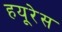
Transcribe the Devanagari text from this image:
हयूरेस